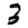
Digit: 3